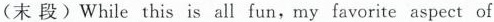
(末段)While this is all fun,my favorite aspect of volunteering